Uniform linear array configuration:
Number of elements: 16
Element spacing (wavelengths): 0.5
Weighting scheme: cosine
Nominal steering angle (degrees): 45
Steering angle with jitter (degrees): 43.423
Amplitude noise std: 0.05
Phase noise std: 0.05

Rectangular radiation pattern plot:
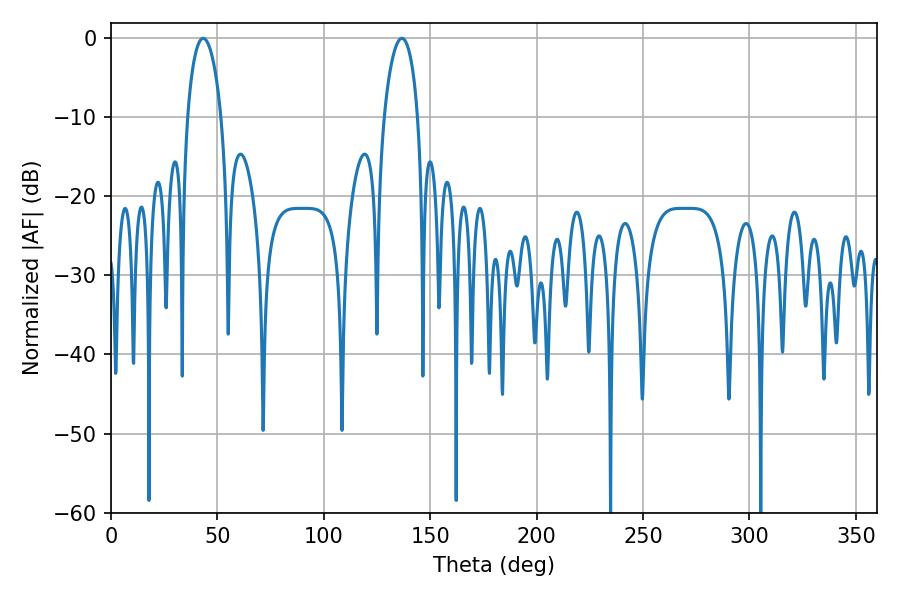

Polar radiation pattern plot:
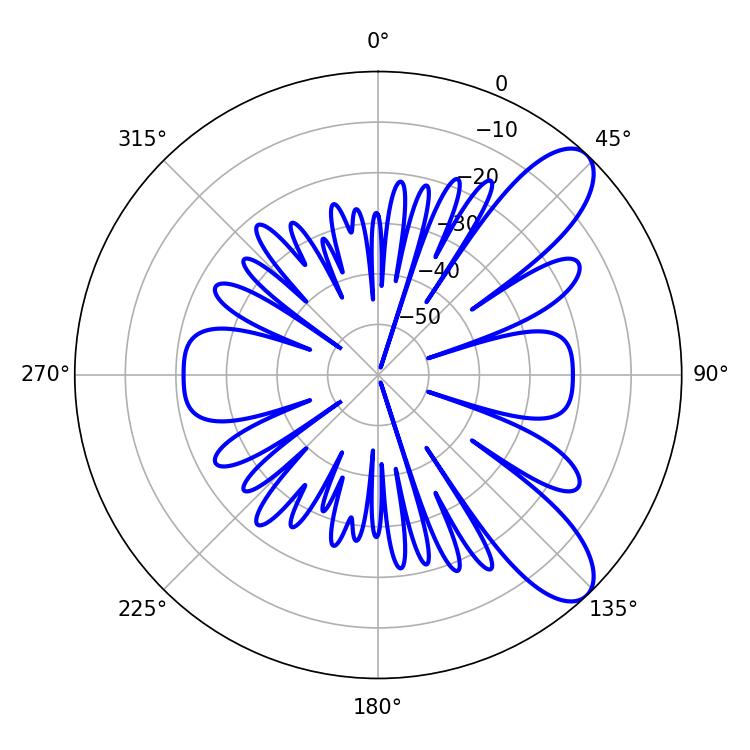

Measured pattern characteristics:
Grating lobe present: FALSE
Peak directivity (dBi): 9.293
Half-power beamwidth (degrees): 9.18
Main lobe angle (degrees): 43.38